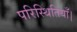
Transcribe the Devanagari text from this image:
परिस्थितियाँ।